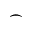
\frown